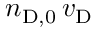
n _ { \mathrm { D } , 0 } \, v _ { \mathrm { D } }